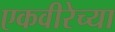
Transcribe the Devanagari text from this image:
एकवीरेच्या